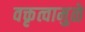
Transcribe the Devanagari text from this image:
वक्तृत्वामुळे